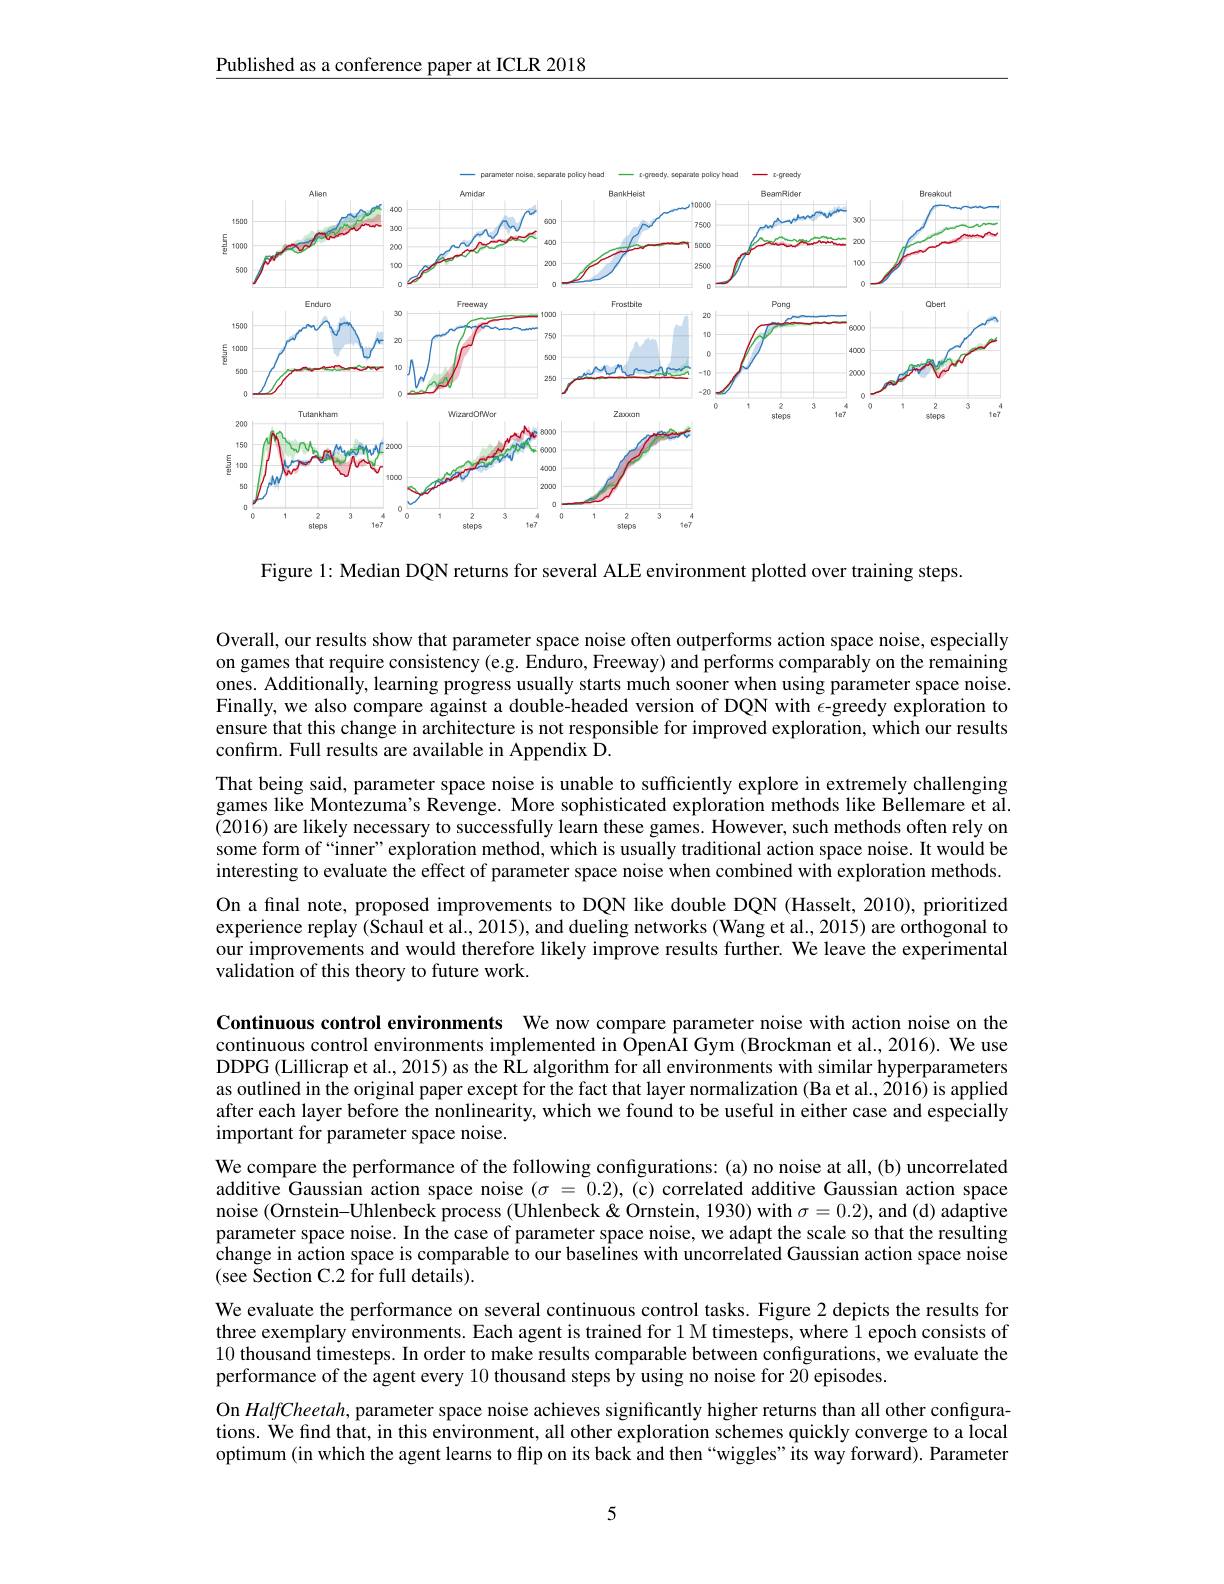
$\underline{\text{Published as a conference paper at ICLR 2018}}$

<FigureHere>

Figure 1: Median DQN returns for several ALE environment plotted over training steps.

Overall, our results show that parameter space noise often outperforms action space noise, especially on games that require consistency (e.g. Enduro, Freeway) and performs comparably on the remaining ones. Additionally, learning progress usually starts much sooner when using parameter space noise. Einallu valo comons danbada dusoning parameter space noise. Finally, we also compare against a double-headed version of DQN with $\epsilon$-greedy exploration to ensure that this change in architecture is not responsible for improved exploration, which our results confirm. Full results are available in Appendix D.
That being said, parameter space noise is unable to sufficiently explore in extremely challenging games like Montezuma's Revenge. More sophisticated exploration methods like Bellemare et al. (2016) are likely necessary to successfully learn these games. However, such methods often rely on some form of“inner”exploration method, which is usually traditional action space noise. It would be interesting to evaluate the effect of parameter space noise when combined with exploration methods. On a final note, proposed improvements to DQN like double DQN (Hasselt, 2010), prioritized experience replay (Schaul et al., 2015), and dueling networks (Wang et al., 2015) are orthogonal to our improvements and would therefore likely improve results further. We leave the experimental validation of this theory to future work.

Continuous control environments We now compare parameter noise with action noise on the continuous control environments implemented in OpenAI Gym (Brockman et al., 2016). We use DDPG (Lillicrap et al., 2015) as the RL algorithm for all environments with similar hyperparameters as outlined in the original paper except for the fact that layer normalization (Ba et al., 2016) is applied after each layer before the nonlinearity, which we found to be useful in either case and especially important for parameter space noise.
We compare the performance of the following configurations: (a) no noise at all, (b) uncorrelated additive Gaussian action space noise $(\sigma=0.2),($c) correlated additive Gaussian action space noise (Ornstein-Uhlenbeck process (Uhlenbeck & Ornstein, 1930) with $\sigma=0.2)$, and (d) adaptive parameter space noise. In the case of parameter space noise, we adapt the scale so that the resulting change in action space is comparable to our baselines with uncorrelated Gaussian action space noise (see Section C.2 for full details).
We evaluate the performance on several continuous control tasks. Figure 2 depicts the results for three exemplary environments. Each agent is trained for 1 M timesteps, where $\hat{1}$ epoch consists of 10 thousand timesteps. In order to make results comparable between configurations, we evaluate the performance of the agent every 10 thousand steps by using no noise for 20 episodes.
On HalfCheetah, parameter space noise achieves significantly higher returns than all other configurations. We find that, in this environment, all other exploration schemes quickly converge to a local optimum (in which the agent learns to flip on its back and then “wiggles”its way forward). Parameter

5